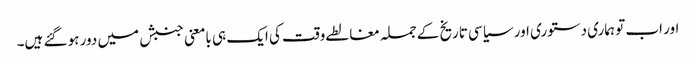
اور اب تو ہماری دستوری اور سیاسی تاریخ کے جملہ مغالطے وقت کی ایک ہی بامعنی جنبش میں دور ہو گئے ہیں۔